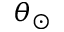
\theta _ { \odot }